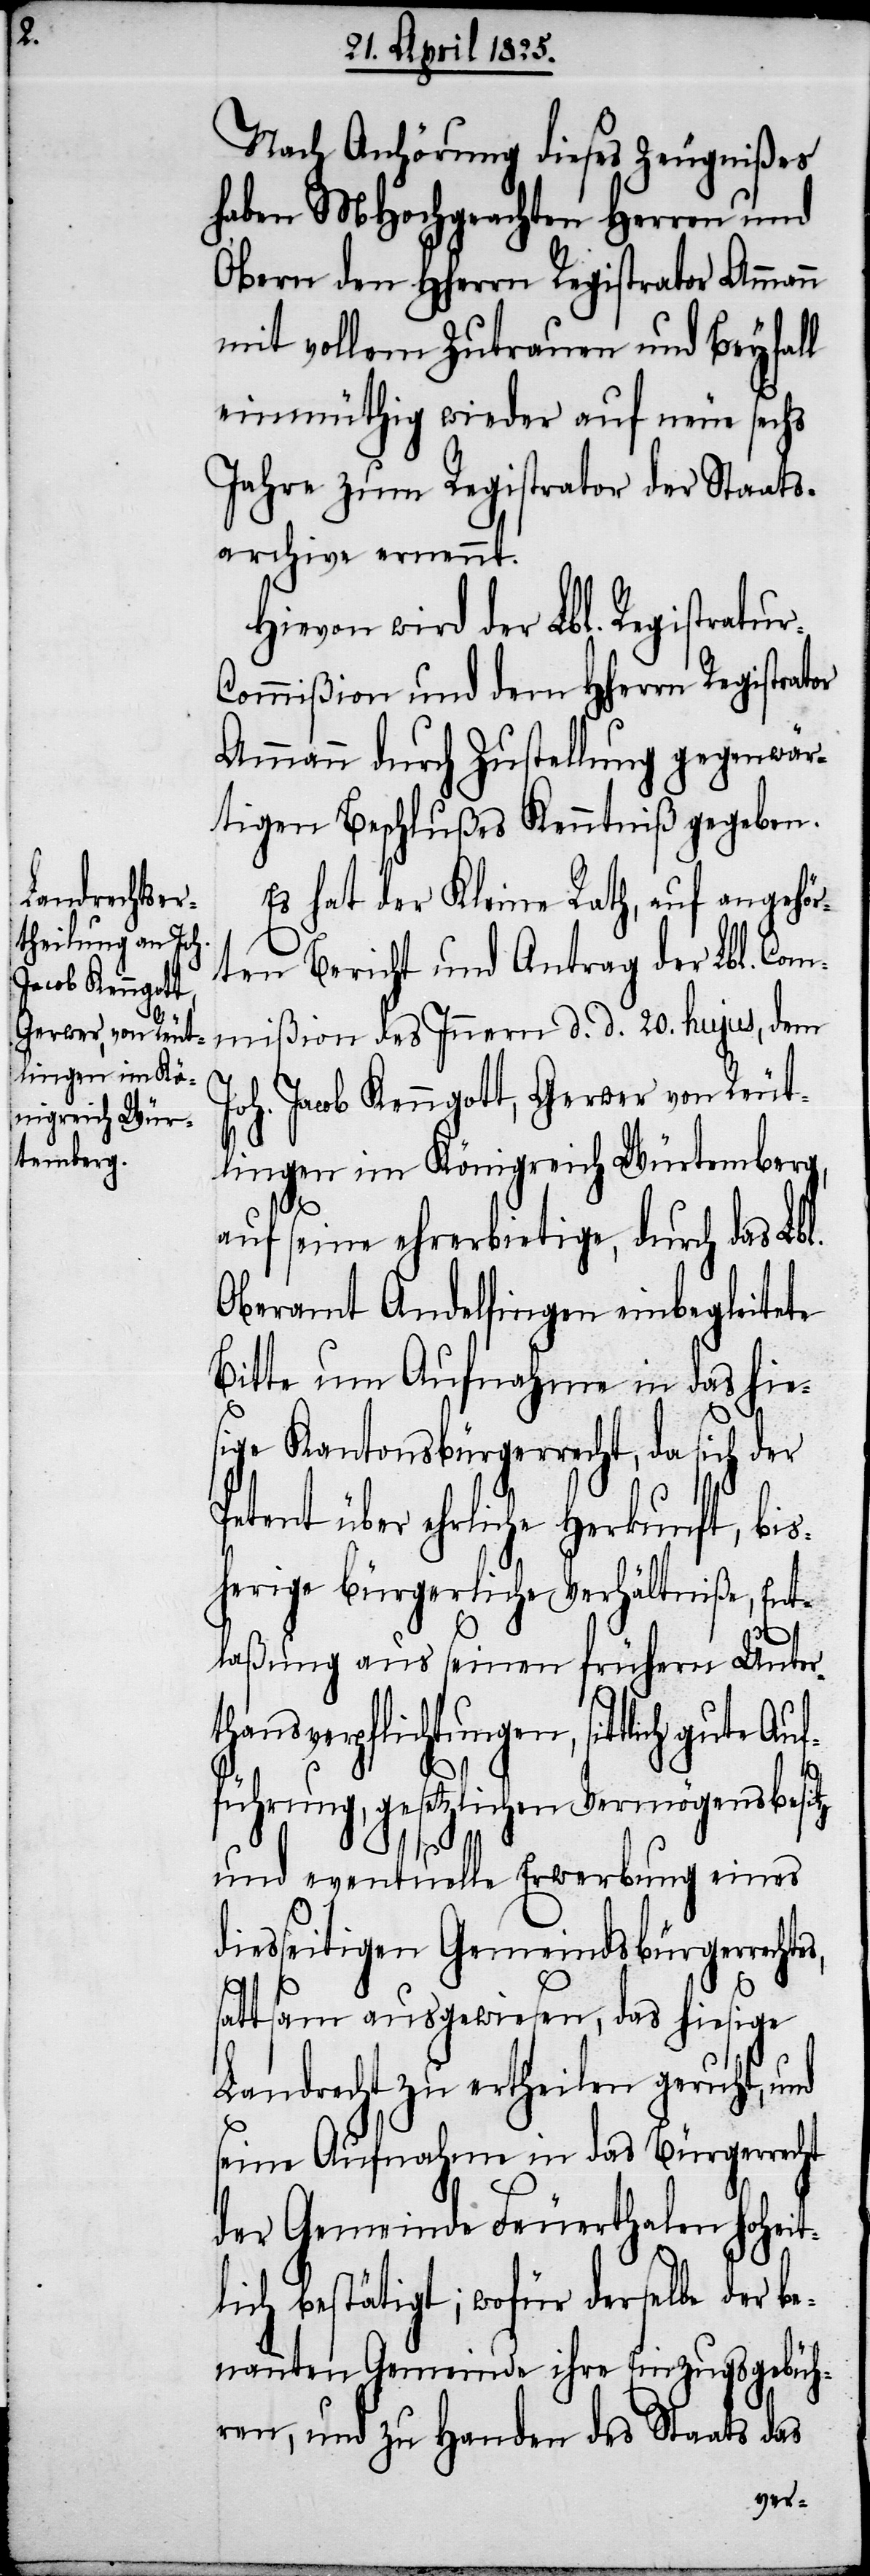
Nach Anhörung dieses Zeugnißes
haben MHochgeachten Herren und
Obern den HHerrn Registrator Ammann
mit vollem Zutrauen und Beyfall
einmüthig wieder auf neue sechs
Jahre zum Registrator der Staats¬
archive ernennt.
Hievon wird der Lbl. Registratu¬
ommißion und dem HHerrn Registrator
Ammann durch Zustellung gegenwär¬
tigen Beschlußes Kenntniß gegeben.
Es hat der Kleine Rath, auf angehör¬
ten Bericht und Antrag der Lbl. Com¬
mißion des Innern d. d. 20. hujus, dem
oh. Jacob Kenngott, Gerwer von Reut¬
lingen im Königreich Würtemberg,
auf seine ehrerbietige, durch das Lbl.
Oberamt Andelfingen einbegleitete
Bitte um Aufnahme in das hie¬
sige Kantonsbürgerrecht, da sich der
Petent über ehrliche Herkunft, bis¬
herige bürgerliche Verhältniße, Ent¬
laßung aus seinen frühern Unter¬
thansverpflichtungen, sittlich gute Au¬
führung, gesetzlichen Vermögensbesitz
r-C¬
und eventuelle Erwerbung eines
diesseitigen Gemeindsbürgerrecht¬
es,
sattsam ausgewiesen, das hiesige
Landrecht zu ertheilen geruht, und
seine Aufnahme in das Bürgerrecht
der Gemeinde Feuerthalen hoheit¬
lich bestätigt; wofür derselbe der b¬
enannten Gemeinde ihre Einzugsgebüh¬
ren, und zu Handen des Staats das